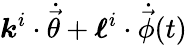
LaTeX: \boldsymbol{k}^{i}\cdot\dot{\vec{\theta}}+\boldsymbol{\ell}^{i}\cdot\dot{\vec{\phi}}(t)